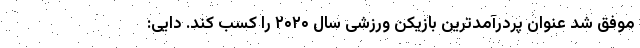
موفق شد عنوان پردرآمدترین بازیکن ورزشی سال ۲۰۲۰ را کسب کند. دایی: